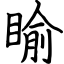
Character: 睮